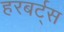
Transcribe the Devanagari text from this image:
हरबर्ट्स